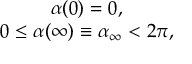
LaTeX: \begin{array} { c } { { \alpha ( 0 ) = 0 , } } \\ { { 0 \leq \alpha ( \infty ) \equiv \alpha _ { \infty } < 2 \pi , } } \end{array}